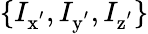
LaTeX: \{ I_{\mathrm{x^{'}}},I_{\mathrm{y^{'}}},I_{\mathrm{z^{'}}}\}